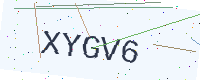
Text: XYGV6